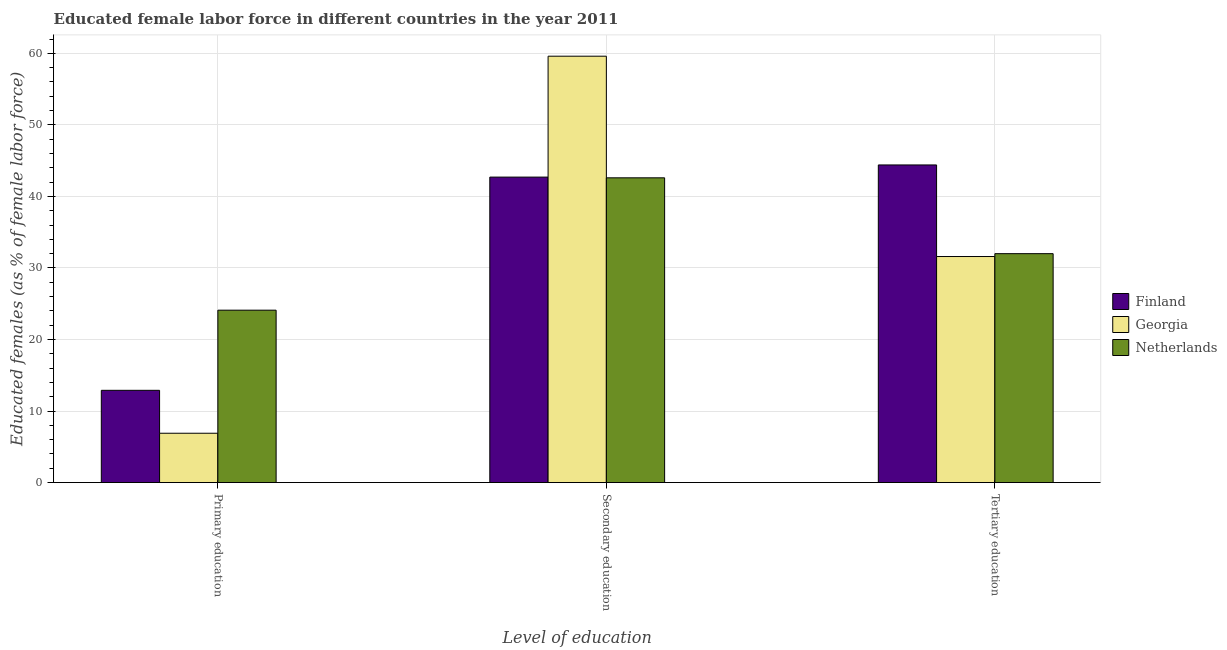
| Level of education | Finland | Georgia | Netherlands |
 | --- | --- | --- | --- |
 | Primary education | 12.9 | 6.9 | 24.1 |
 | Secondary education | 42.7 | 59.6 | 42.6 |
 | Tertiary education | 44.4 | 31.6 | 32 |